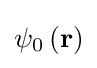
\psi _{0}\left(\mathbf {r} \right)